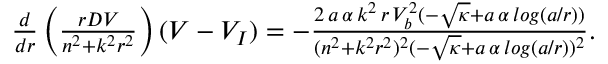
\begin{array} { r } { \frac { d } { d r } \left( \frac { r D V } { n ^ { 2 } + k ^ { 2 } r ^ { 2 } } \right) ( V - V _ { I } ) = - \frac { 2 \, a \, \alpha \, k ^ { 2 } \, r \, V _ { b } ^ { 2 } ( - \sqrt { \kappa } + a \, \alpha \, l o g ( a / r ) ) } { ( n ^ { 2 } + k ^ { 2 } r ^ { 2 } ) ^ { 2 } ( - \sqrt { \kappa } + a \, \alpha \, l o g ( a / r ) ) ^ { 2 } } . } \end{array}